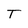
Character: T